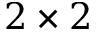
2 \times 2